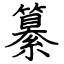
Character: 纂